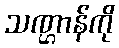
သဏ္ဌာန်ကို